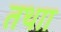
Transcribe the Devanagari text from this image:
तथाा